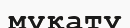
мұқату